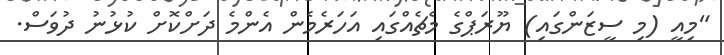
"މިއީ (މި ސީޒަންގައި) ޔޫރަޕްގެ މެޗެއްގައި އަހަރެމެން އެންމެ ދަށްކޮށް ކުޅުނު ދުވަސް.